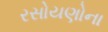
રસોયણોના